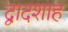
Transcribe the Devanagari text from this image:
द्वादशाह